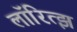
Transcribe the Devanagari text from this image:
लॉरित्झ